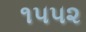
૧૫૫૨